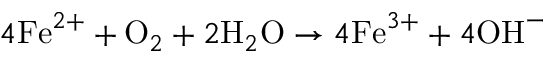
4 \mathrm { F e } ^ { 2 + } + \mathrm { O } _ { 2 } + 2 \mathrm { H } _ { 2 } \mathrm { O } \rightarrow 4 \mathrm { F e } ^ { 3 + } + 4 \mathrm { O H } ^ { - }